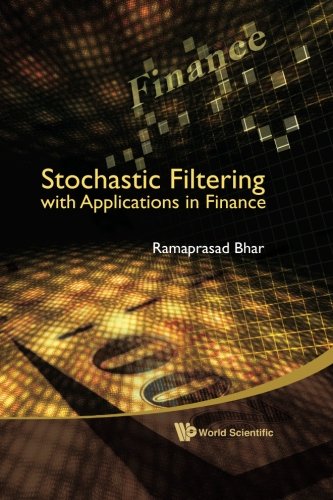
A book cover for Stochastic Filtering With Applications in Finance; Bhar Ramaprasad; Business & Money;